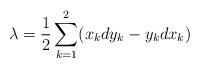
LaTeX: \begin{align*}\lambda = \frac{1}{2}\sum_{k=1}^2(x_kdy_k-y_kdx_k)\end{align*}